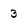
Character: 3